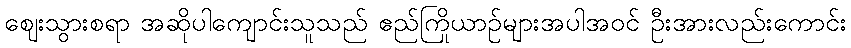
ဈေးသွားစရာ အဆိုပါကျောင်းသူသည် ဧည်ကြိုယာဉ်များအပါအဝင် ဦးအားလည်းကောင်း